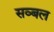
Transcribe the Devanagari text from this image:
सव्बल